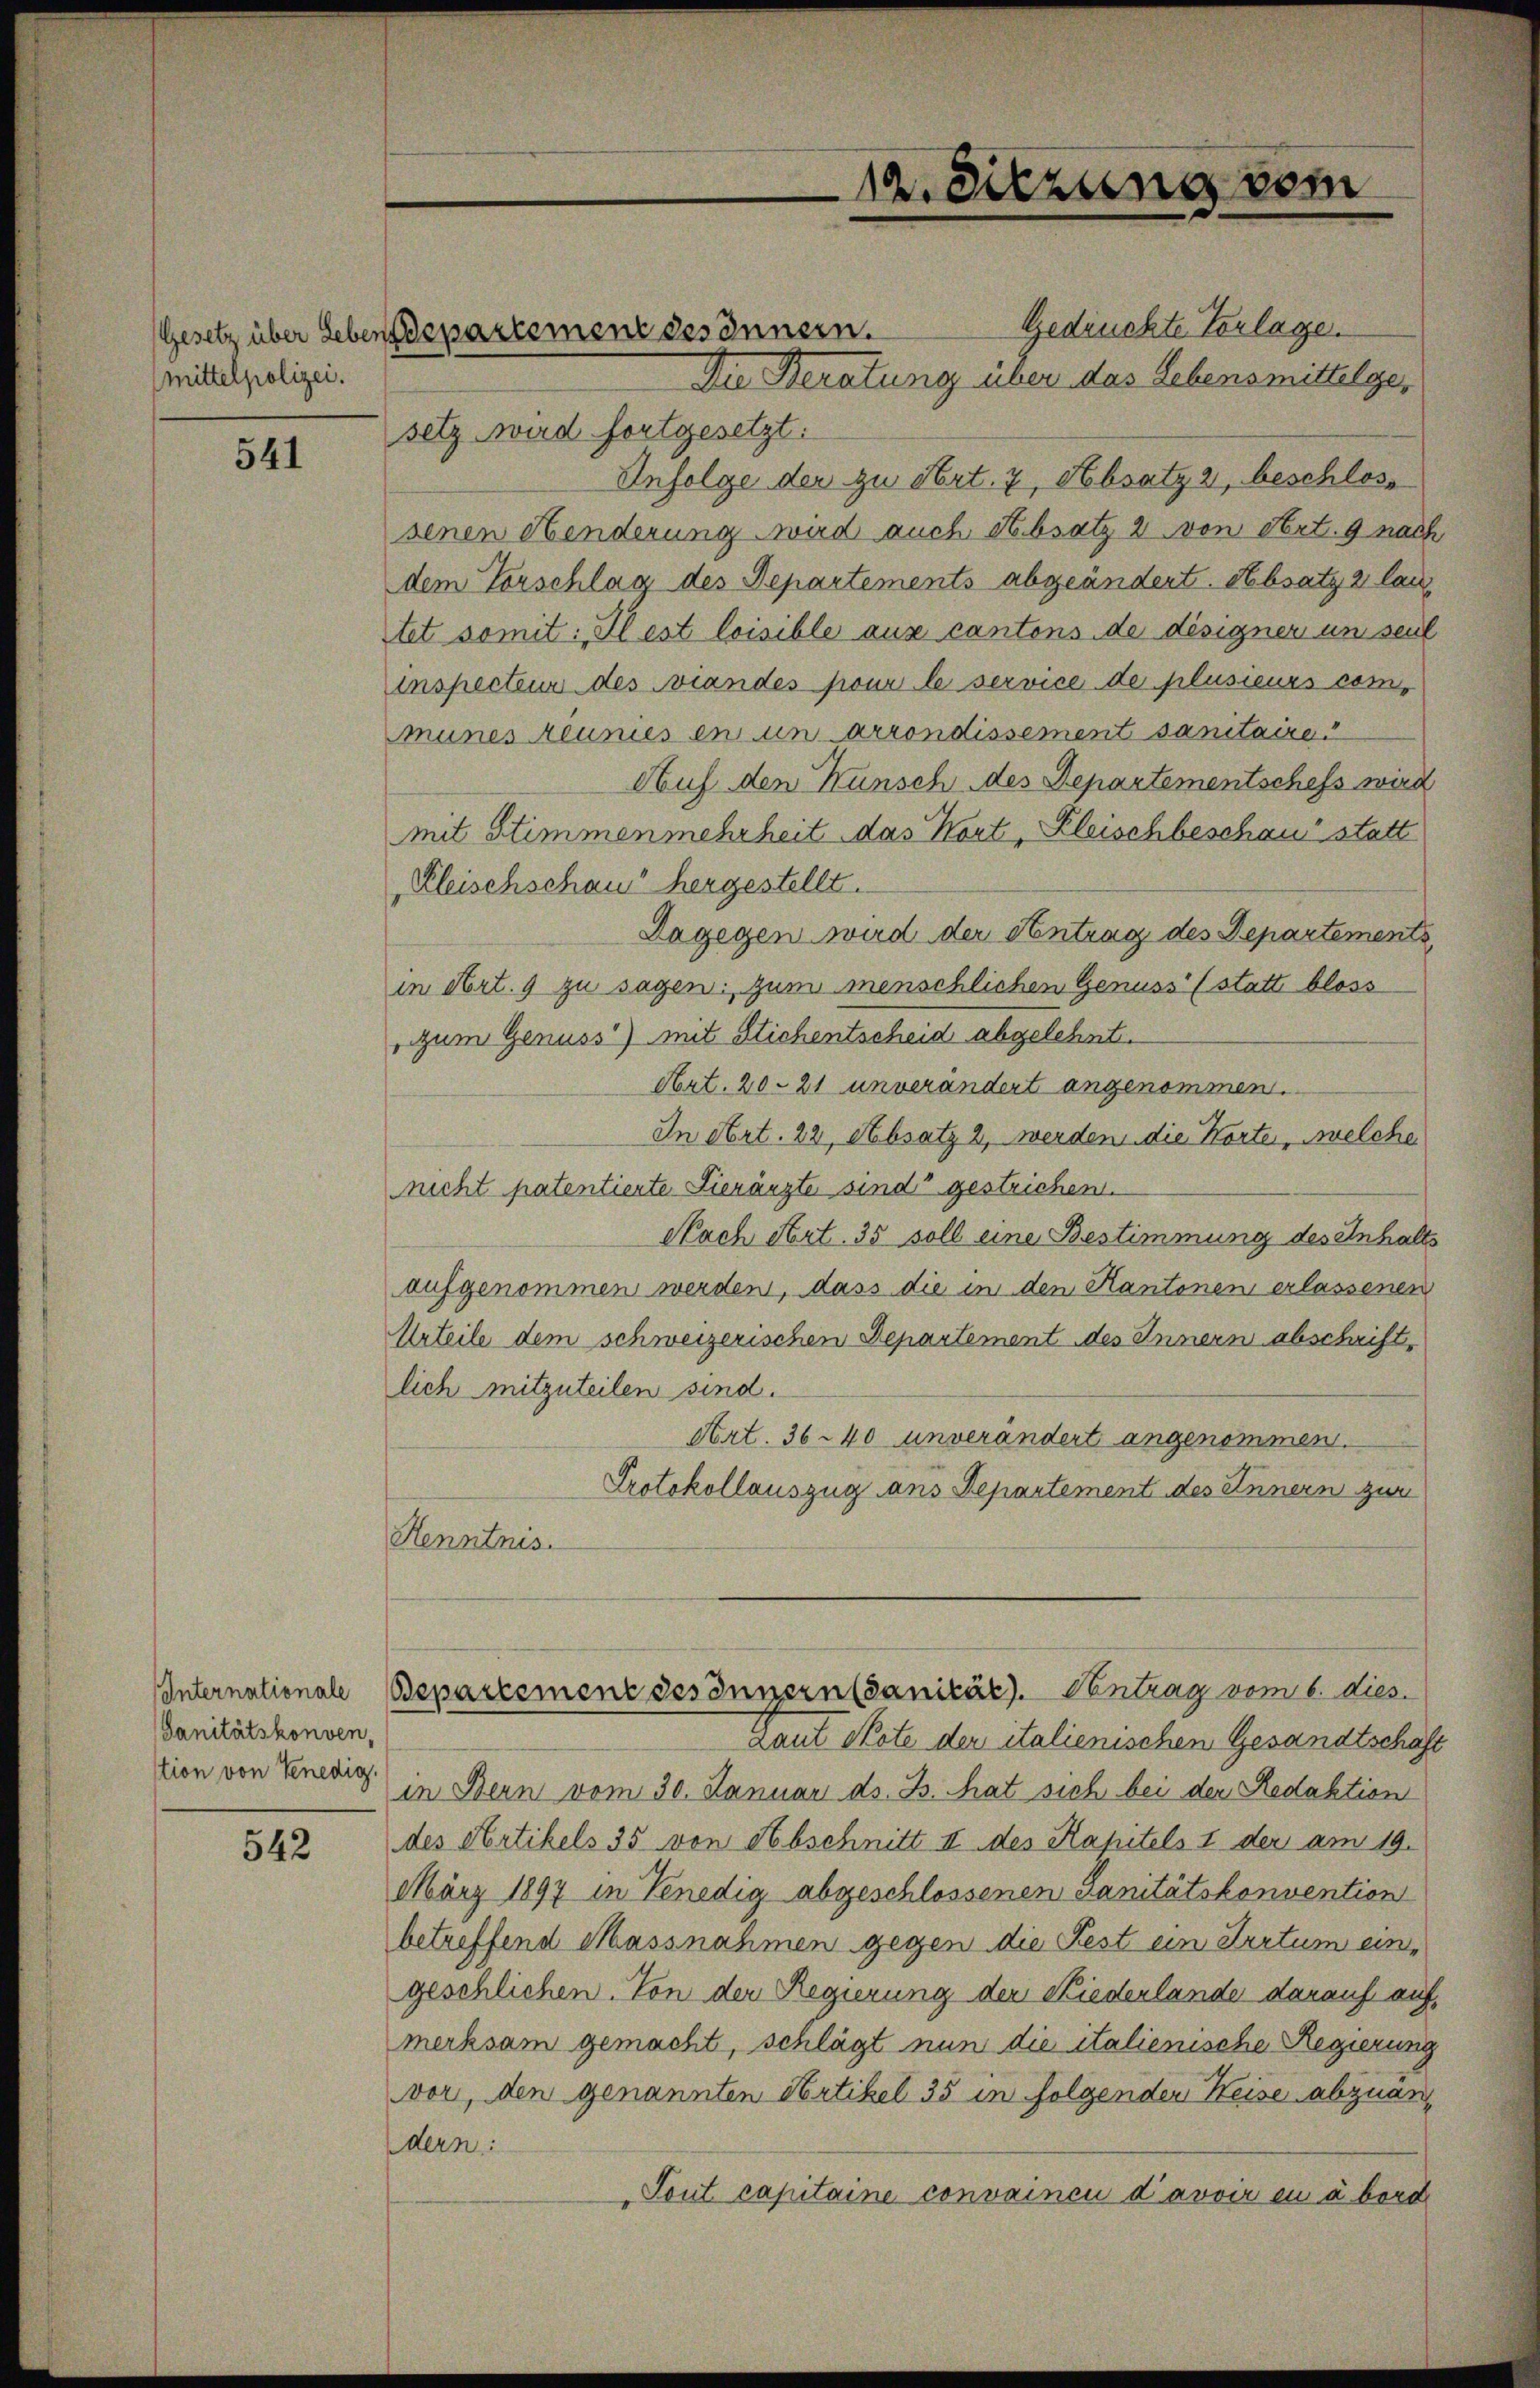
Gesetz über Leber
mittelpolizei.

541

Internationale
Sanitätskonven,
stion von Venedig.

542

Gedruckte Vorlage.
Die Beratung über das Lebensmittelgesetz wird fortgesetzt.
Infolge der zu Art. 7, Absatz 2, beschloss
senen Henderung wird auch Absatz 2 von Art. 9 nach
dem Vorschlag des Departements abgeändert. Absatz 2 lau
tet somit: Il est loisible aus cantens de désigner un seit
inspecteur des Biandes pour le service de plusieurs communes eunies en in Arrondissement sanitaire.
Auf den Wunsch des Departementschefs wird
mit Stimmenmehrheit das Wort, Kleischbeschau statt
Kleischschaus hergestellt.
Dagegen wird der Antrag des Departements,
in Art. 9 zu sagen. Zum menschlichen Genuss (statt bloss
zum Genuss) mit Stichentscheid abgelehnt.
Art. 20. 21 unverändert angenommen.
In Art. 22, Absatz 2, werden die Korte, welche
nicht patentierte Lierärzte sind gestrichen.
Nach Art. 35 soll eine Bestimmung des Inhalts
aufgenommen werden, dass die in den Kantonen erlassenen
Urteile dem schweizerischen Departement des Innern abschriftlich mitzuteilen sind.
Art. 3640 unverändert angenommen.
Protokollauszug aus Departement des Innern zur
Henntnis.
Bepartemene des Innern (Sanität). Ventrag vom 6. dies
Laut Note der italienischen Gesandtschaft
in Bern vom 30. Januar ds. B. That sich bei der Redaktion
des Artikels 35 von Abschnitt II des Kapitels I der am 19.
März 1897 in Kenedig abgeschlossenen Sanitätskonvention
betreffend Massnahmen gegen die Fest ein Irrtum eingeschlichen. Von der Regierung der Kiederlande darauf aufmerksam gemacht, schlägt nun die italienische Regierung
vor, den genannten Artikel 35 in folgenden Heise abzuandern:
Tout capitaine convaincu d’avoir en à bord

departement des Innern.

12. Sitzung vom